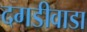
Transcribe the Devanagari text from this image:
दगडीवाडा